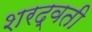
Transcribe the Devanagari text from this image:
शरद्वती